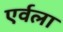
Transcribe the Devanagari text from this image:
एर्वला